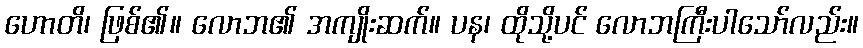
ဟောတိ၊ ဖြစ်၏။ လောဘ၏ အကျိုးဆက်။ ပန၊ ထိုသို့ပင် လောဘကြီးပါသော်လည်း။